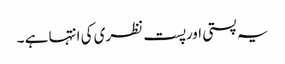
یہ پستی اورپست نظری کی انتہا ہے ۔